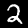
Digit: 2